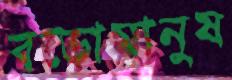
বড়োমানুষ